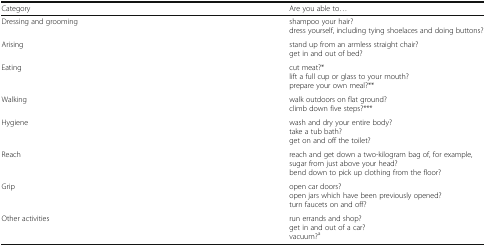
| Category | Are you able to... |
 | --- | --- |
 | Dressing and grooming | shampoo your hair?dress yourself, including tying shoelaces and doing buttons? |
 | Arising | stand up from an armless straight chair?get in and out of bed? |
 | Eating | cut meat?*lift a full cup or glass to your mouth?prepare your own meal?** |
 | Walking | walk outdoors on flat ground?climb down five steps?*** |
 | Hygiene | wash and dry your entire body?take a tub bath?get on and off the toilet? |
 | Reach | reach and get down a two-kilogram bag of, for example, sugar from just above your head?bend down to pick up clothing from the floor? |
 | Grip | open car doors?open jars which have been previously opened?turn faucets on and off? |
 | Other activities | run errands and shop?get in and out of a car?vacuum?a |